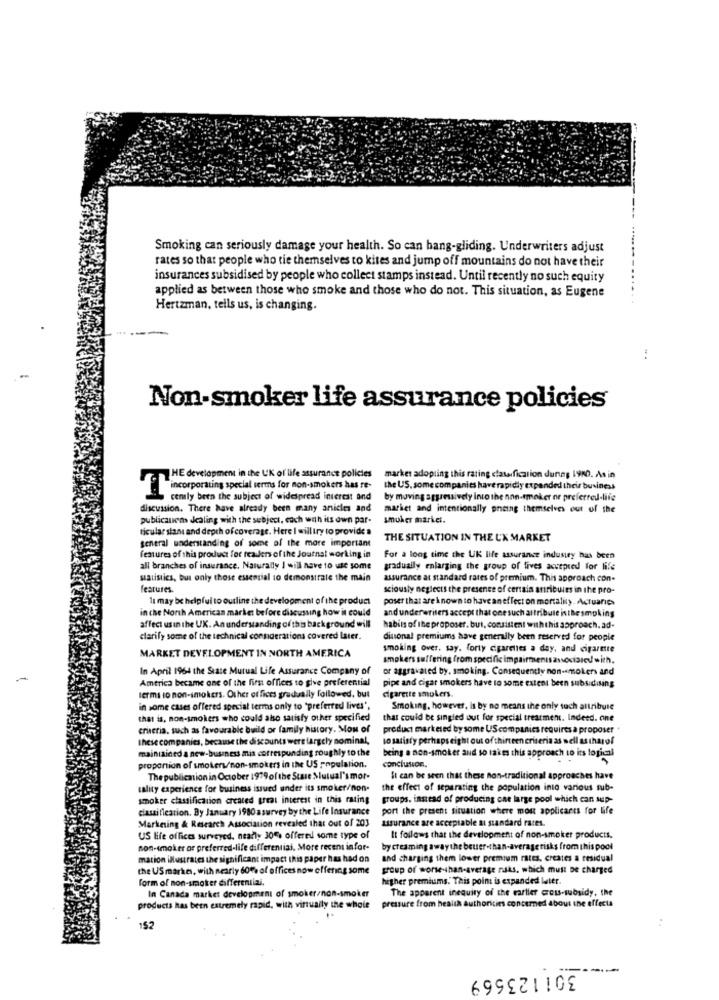
Smoking can seriously damage your health. So can hang-gliding. Underwriters adjust
rates so that people who tie themselves to kites and jump off mountains do not have their
insurances subsidised by people who collect stamps instead. Until recently no such equity
applied as between those who smoke and those who do not. This situation, as Eugene
Hertzman, tells us, is changing.
Non-smoker life assurance policies
THE development in the UK of life assurance policies
marker adopting this rating classification during 19NO. As in
the US. some companies have rapidly expanded their business
incorporating special terms for non-smokers has re-
cenily been the subject of widespread interest and
by moving aggressively into the non-tmoker or preferred-life
discussion. There have already been many anicies and
market and intentionally pheing themselves out of the
publicaun dealing with the subject, coch with its own par-
smuker market.
ticular stans and depth of coverage. Here I willtry to provide a
general understanding of some of the more important
THE SITUATION IN THE UX MARKET
features of this product for readers of the Journal working in
For a long time the UK life assurance industry has been
all branches of insurance, Naturally I will nove 10 use some
gradually enlarging the group of fives accepted for life
watistics, but only those essential to demonstrate the main
assurance at standard rates of premium. This approach con-
features.
sciously neglects the presence of certain attributes in the pro-
11 may be helpful to outline the development of the product
poser that are known to have aneffect on mortality. Actuaries
in che North American market before discussing how it could
and underwriters accept that one such altribule isthe smoking
affect usin the UK. An understanding of this background will
habits of the proposer. but, consistent withthis approach. ad-
clarify some of the technical connoerations covered Later.
dissonal premiums have generally been reserved for people
smoking over, say. forty cigarettes a day, and cigarette
MARKET DEVELOPMENT IN NORTH AMERICA
smokers suffering from specific impairmentsassociated with.
In April 1964 the State Mutual Life Assurance Company of
or aggravated by, smoking. Consequently non-smokers and
America became one of the first offices to give preferential
pipe and cigar smokers have to some extent been subsidising
terms lo non-smokers. Other et fices gradually followed, but
cigarette smokers.
in some cases offered special terms only to "preferred lives",
Smoking, however, is by no means the only such attribute
that is, non-smokers who could also satisfy other specified
that could be singled out for special treatment. Indeed. one
criteria, such as favourable build or family history. Mon of
product marketed by some US companies requires a proposer
these companies, because the discounts were largely nominal,
to satisfy perhaps eight out of thirteen criseria as well as tharof
maintained a new-business mis corresponding roughly to the
being a non-smoker and so takes this approach to its logical
proportion of smokers/non-smokers in the US population.
conclusion.
The publication in October 1979 of the Stase Mutual's mor-
It can be seen that these non-traditional approaches have
tality experience for business issued under its smoker/non-
the effect of separating the population into various sub-
smoker classification created great interest in this rating
groups. instead of producing cat large pool which can sup-
classification. By January 1980 asurvey by the Life Insurance
port the present situation where most applicants for life
Marketing & Research Association revealed that out of 203
assurance are acceptable a standard races.
US life offices surveyed, nearly 30%, offered some type of
It follows that the development of non-smoker products,
non-smoker or preferred-life differential. More recent infor-
by creaming awaythe beuer-than-averagerisks from this pool
mation illustrates the significant impact this paper has had on
and charging them lower premium rates, creates a residual
the US markes, with nearly 60% of offices now offering some
group of worse-than-average naks, which must be charged
form of non-smoker differentlai.
higher premiums." This point is expanded later.
In Canada market development of smoker/non-smoker
The apparent inequity of the earlier cross-subsidy, the
products has been extremely rapid, with virtually the whole
pressure from health authorities concerned about ine effects
152
301123569